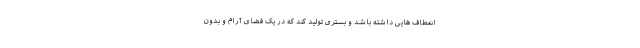
انعطاف هایی داشته باشد و بستری تولید کند که در یک فضای آرام و بدون